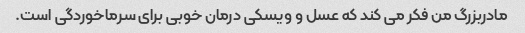
مادربزرگ من فکر می کند که عسل و ویسکی درمان خوبی برای سرماخوردگی است.